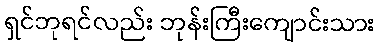
ရှင်ဘုရင်လည်း ဘုန်းကြီးကျောင်းသား